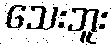
သေးဘူး